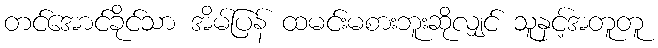
တင်အောင်ခိုင်သာ အိမ်ပြန် ထမင်းမစားဘူးဆိုလျှင် သူနှင့်အတူတူ